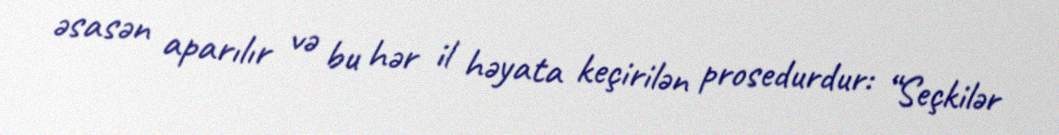
əsasən aparılır və bu hər il həyata keçirilən prosedurdur: “Seçkilər